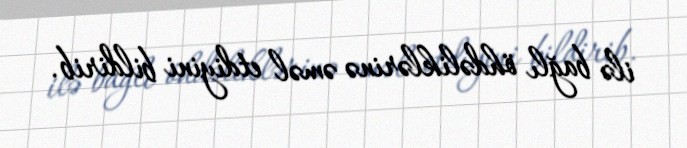
ilə bağlı öhdəliklərinə əməl etdiyini bildirib.